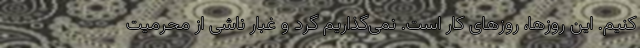
کنیم. این روزها، روزهای کار است. نمی‌گذاریم گرد و غبار ناشی از محرمیت